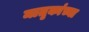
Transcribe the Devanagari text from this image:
मातृकांच्या